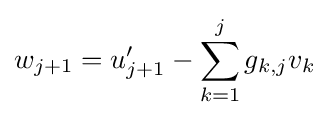
w_{j+1}=u_{j+1}'-\sum _{k=1}^{j}g_{k,j}v_{k}